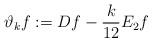
LaTeX: \begin{align*}\vartheta_kf := Df-\frac{k}{12}E_2f\end{align*}